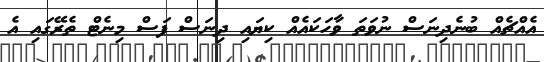
އެއްޗެއް ބުނެދިނަސް ނުވަތަ ވާހަކައެއް ކިޔައި ދިނަސް ފަސް މިނެޓް ތެރޭގައި އެ